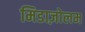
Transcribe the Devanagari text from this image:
मिडाज़ोलम